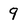
Character: 9